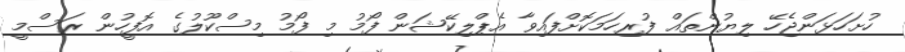
ހުށަހަޅަންޖެހޭ ލިޔުންތައް ފުރިހަމަކޮށްފައިވާ އެޕްލިކޭޝަން ފޯމު މި ފޯމު މިސްކޫލުގެ އޮފީހުން ރަސްމީ